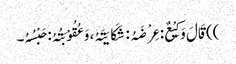
)) قَالَ وَکِیْعٌ: عِرْضَہُ: شَکَایَتَہُ، وَعُقُوْبَتُہُ: حَبْسُہُ۔